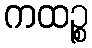
ကထဉ္စ